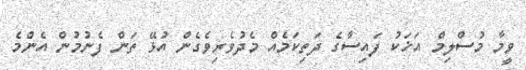
ވީމާ މުސްލިމް އަޚަކު ފައިސާގެ ދަތިކަމެއް މެދުވެރިވެގެން އުޅޭ ތަން ފެނުމުން އެންމެ